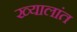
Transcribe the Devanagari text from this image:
ख्यालांत